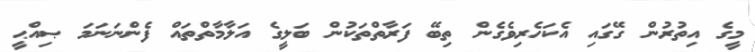
މީގެ އިތުރުން ގޭގައި އެކަހެރިވެގެން ތިބޭ ފަރާތްތަކުން ބަލީގެ އަލާމާތްތައް ފެންނަނަމަ ޞިއްޙީ